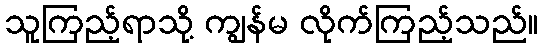
သူကြည့်ရာသို့ ကျွန်မ လိုက်ကြည့်သည်။